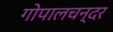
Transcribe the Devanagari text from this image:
गोपालचन्दर